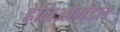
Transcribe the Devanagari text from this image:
हेलिओमंडल